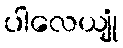
ပါလေယျုံ